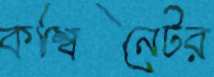
কম্বিনেটর